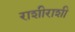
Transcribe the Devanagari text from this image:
राशीराशी